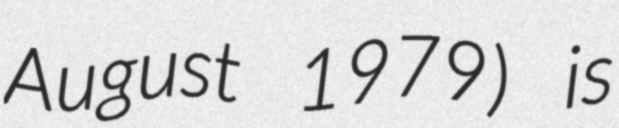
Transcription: August 1979) is